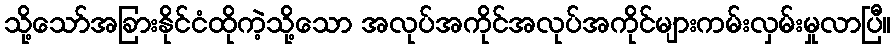
သို့သော်အခြားနိုင်ငံထိုကဲ့သို့သော အလုပ်အကိုင်အလုပ်အကိုင်များကမ်းလှမ်းမှုလာပြီ။